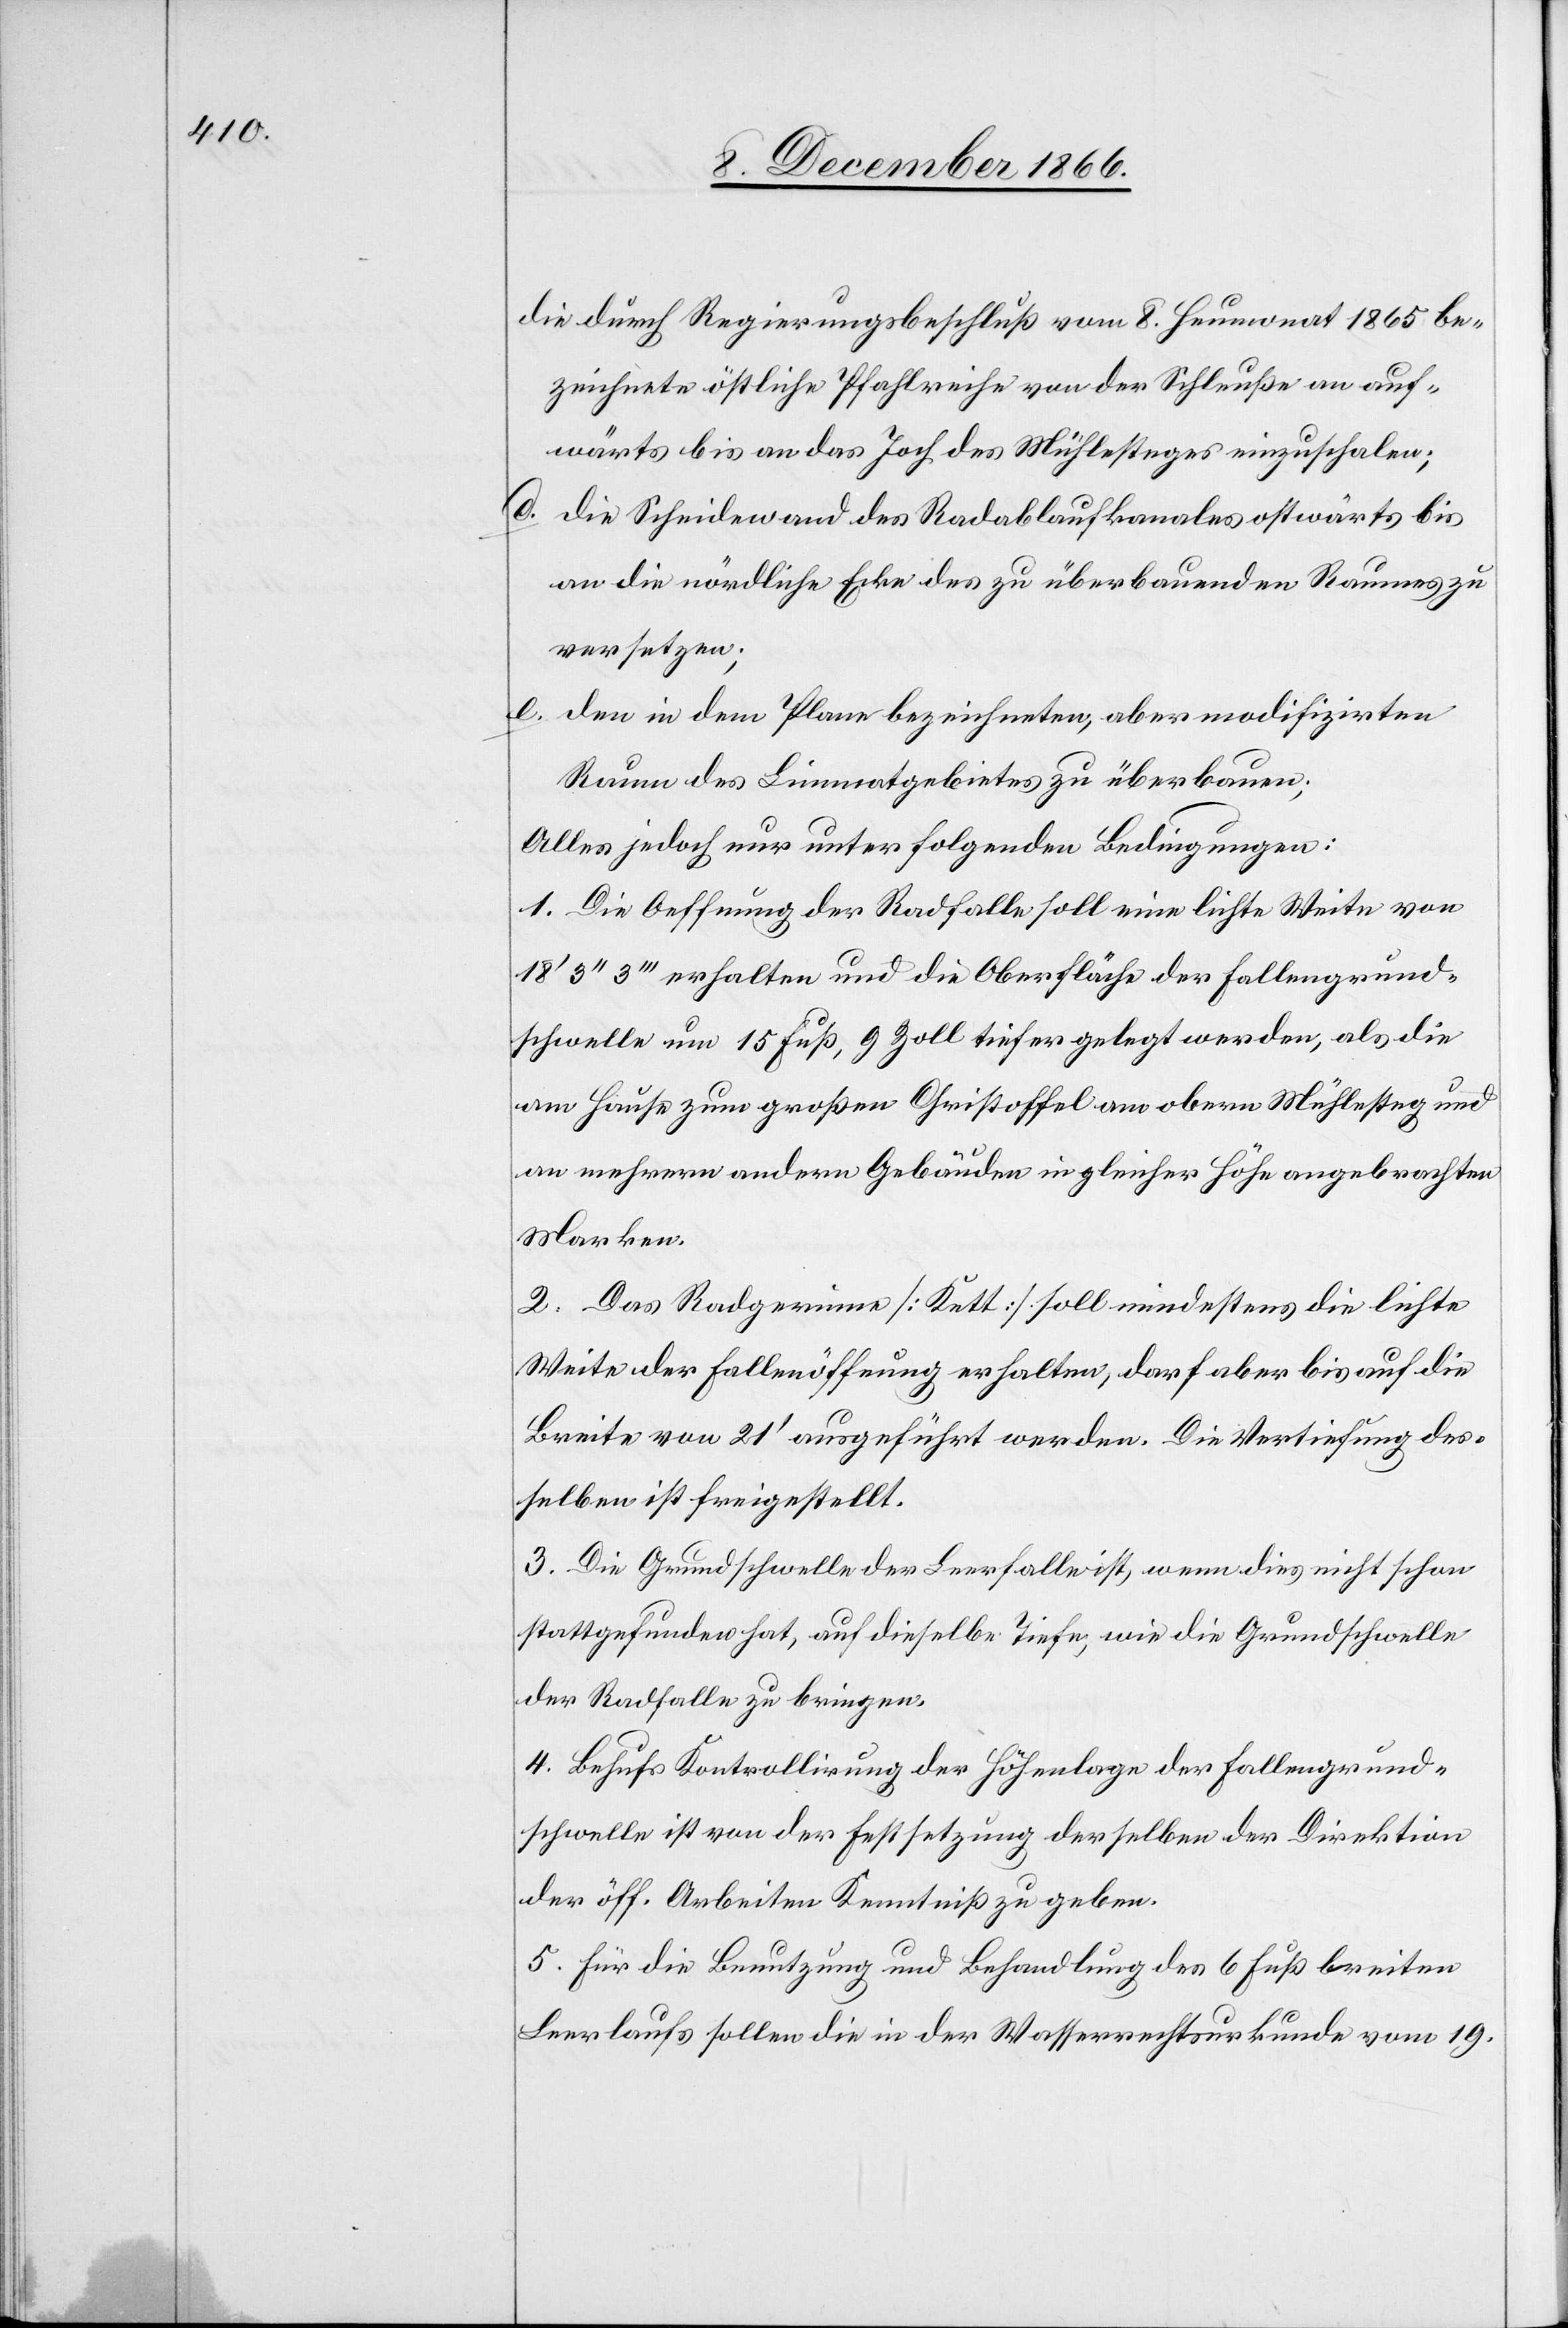
die durch Regierungsbeschluß vom 8. Heumonat 1865 be¬
zeichnete östliche Pfahlreihe von der Schleuße an auf¬
wärts bis an das Joch des Mühlesteges einzuschalen;
d. die Scheidewand des Radablaufkanales ostwärts bis
an die nördliche Ecke des zu überbauenden Raumes zu
versetzen.
e. den in dem Plane bezeichneten, aber modifizirten
Raum des Limmatgebietes zu überbauen;
Alles jedoch nur unter folgenden Bedingungen:
1. Die Oeffnung der Radfalle soll eine lichte Weite von
18‘ 3‘‘ 3‘‘‘ erhalten und die Oberfläche der Fallengrund¬
schwelle um 15 Fuß, 9 Zoll tiefer gelegt werden, als die
am Hause zum großen Christoffel am obern Mühlesteg und
an mehrern andern Gebäuden in gleicher Höhe angebrachten
Marken.
2. Das Radgerinne [Kett] soll mindestens die lichte
Weite der Fallenöffnung erhalten, darf aber bis auf die
Breite von 21‘ ausgeführt werden. Die Vertiefung des¬
selben ist freigestellt.
3. Die Grundschwelle der Leerfalle ist, wenn dies nicht schon
stattgefunden hat, auf dieselbe Tiefe, wie die Grundschwelle
der Radfalle zu bringen.
4. Behufs Kontrollirung der Höhenlage der Fallengrund¬
schwelle ist von der Festsetzung derselben der Direktion
der öff. Arbeiten Kenntniß zu geben.
5. Für die Benutzung und Behandlung des 6 Fuß breiten
Leerlaufs sollen die in der Wasserrechtsurkunde vom 19.